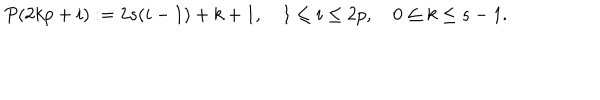
P ( 2 k p + i ) : = 2 s ( i - 1 ) + k + 1 , \quad 1 \leq i \leq 2 p , \quad 0 \leq k \leq s - 1 .